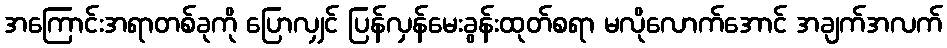
အကြောင်းအရာတစ်ခုကို ပြောလျှင် ပြန်လှန်မေးခွန်းထုတ်စရာ မလိုလောက်အောင် အချက်အလက်